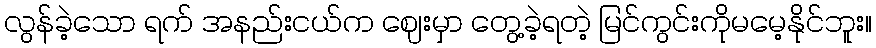
လွန်ခဲ့သော ရက် အနည်းငယ်က ဈေးမှာ တွေ့ခဲ့ရတဲ့ မြင်ကွင်းကိုမမေ့နိုင်ဘူး။